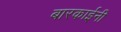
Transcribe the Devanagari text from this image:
बारकाईनी